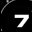
Digit: 7